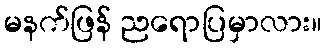
မနက်ဖြန် ညရောပြမှာလား။